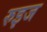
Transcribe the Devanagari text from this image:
रुइज